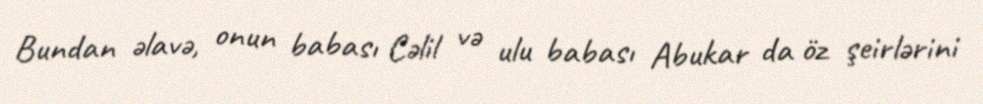
Bundan əlavə, onun babası Cəlil və ulu babası Abukar da öz şeirlərini